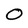
Character: O